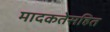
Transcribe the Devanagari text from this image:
मादकतेसहित